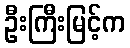
ဦးကြီးမြင့်က